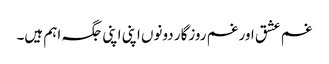
غم عشق اور غم روزگار دونوں اپنی اپنی جگہ اہم ہیں۔